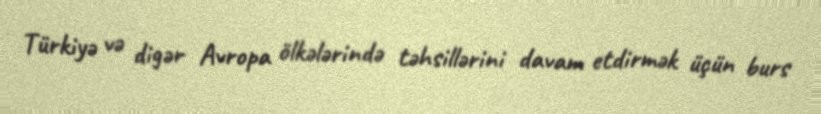
Türkiyə və digər Avropa ölkələrində təhsillərini davam etdirmək üçün burs